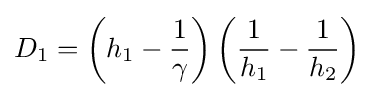
D_{1}=\left(h_{1}-{\frac {1}{\gamma }}\right)\left({\frac {1}{h_{1}}}-{\frac {1}{h_{2}}}\right)